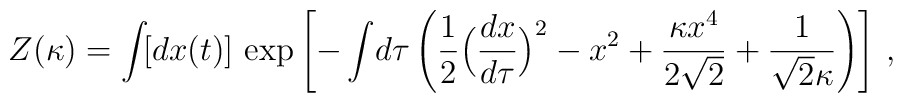
Z(\kappa) = \int\! [dx(t)]\, \exp\left[ -\int\! d\tau\, \Biggl({1\over 2} \Bigl({dx\over d\tau}\Bigr)^{2} - x^{2} + {\kappa x^{4}\over 2\sqrt{2}} + {1\over\sqrt{2}\kappa} \Biggr) \right]\, ,